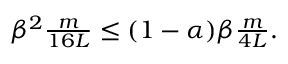
\begin{array} { r } { \beta ^ { 2 } \frac { m } { 1 6 L } \leq ( 1 - \alpha ) \beta \frac { m } { 4 L } . } \end{array}